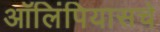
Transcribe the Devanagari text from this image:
ऑलिंपियासचे